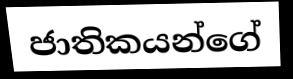
ජාතිකයන්ගේ